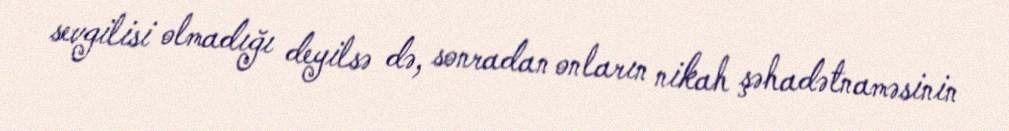
sevgilisi olmadığı deyilsə də, sonradan onların nikah şəhadətnaməsinin